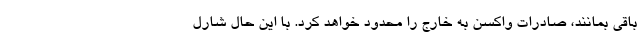
باقی بمانند، صادرات واکسن به خارج را محدود خواهد کرد. با این حال شارل